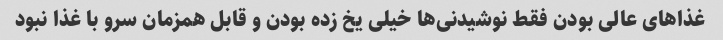
غذا‌های عالی بودن فقط نوشیدنی‌ها خیلی یخ زده بودن و قابل همزمان سرو با غذا نبود